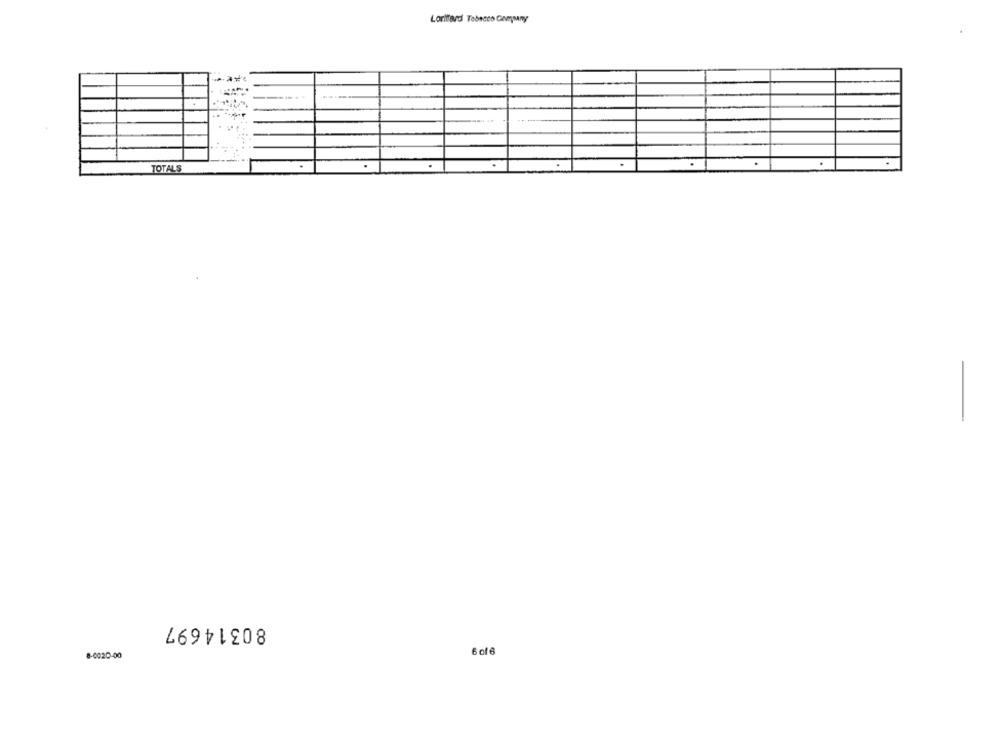
Loritard Tobacco Cesany
TOTALS
-
80314697
6 of6
8-0020-00